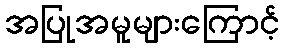
အပြုအမူများကြောင့်